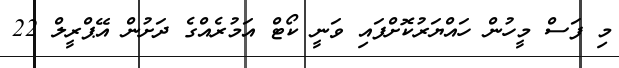
މި ފަސް މީހުން ހައްޔަރުކޮށްފައި ވަނީ ކޯޓް އަމުރެއްގެ ދަށުން އޭޕްރީލް 22